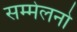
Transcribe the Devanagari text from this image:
सम्मेलनो